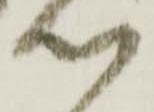
以